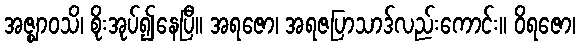
အဇ္ဈာဝသိ၊ စိုးအုပ်၍နေပြီ။ အရဇော၊ အရဇပြာသာဒ်လည်းကောင်း။ ဝိရဇော၊